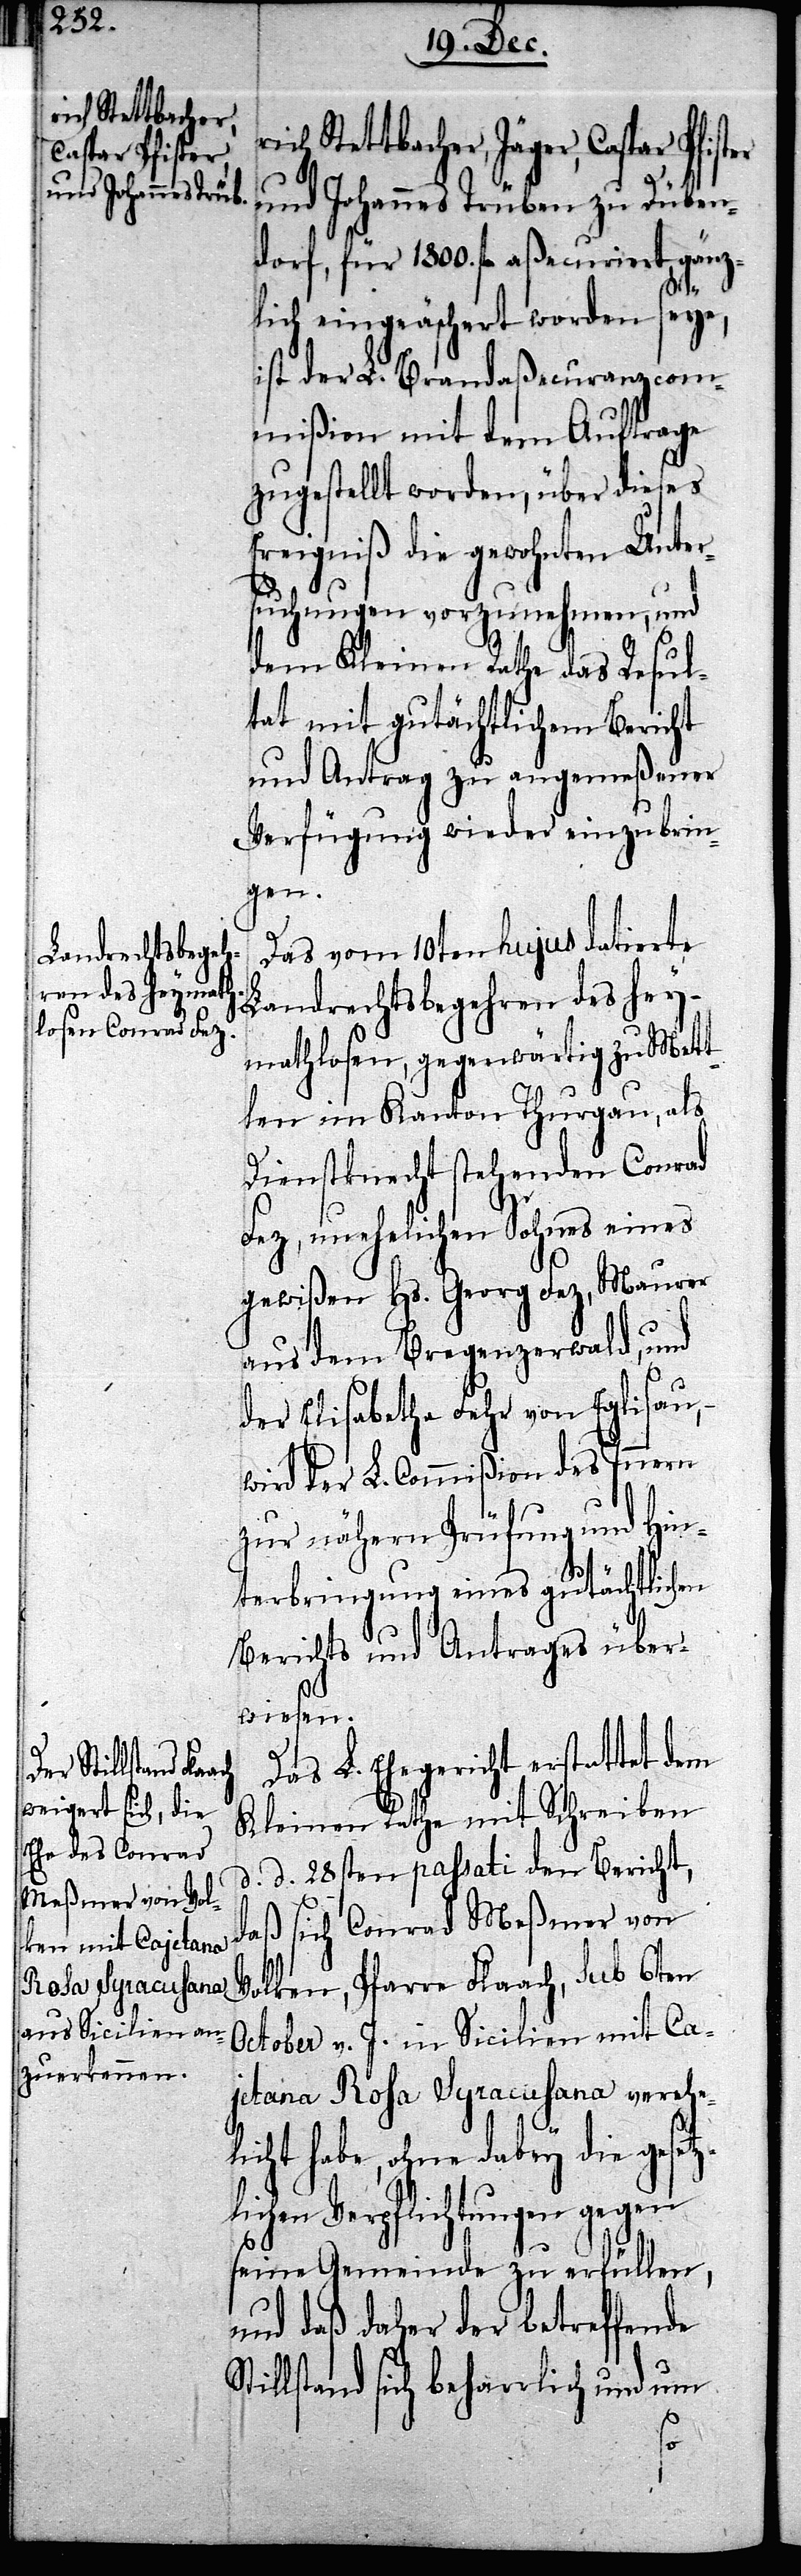
rich Stettbacher,
Caspar Pfister

und Johannes Trüben zu Düben¬
dorf, für 1800. fl. aßecuriert gänz¬
lich eingeäschert worden seye,
ist der L. Brandaßecuranzcom¬
mißion mit dem Auftrage
zugestellt worden, über dieses
Ereigniß die gewohnten Unter¬
suchungen vorzunehmen, und
dem Kleinen Rathe das Resul¬
tat mit gutächtlichem Bericht
und Antrag zu angemeßener
Verfügung wieder einzubrin¬
gen.
Das vom 10ten hujus datierte
Landrechtsbegehren des hey¬
mathlosen, gegenwärtig zu Mett¬
len im Kanton Thurgau, als
Dienstknecht stehenden Conrad
Fez, unehelichen Sohnes eines
gewißen Hs. Georg Fez, Maurer
aus dem Bregenzerwald, und
der Elisabetha Fehr von Eglisau,
wird der L. Commißion des Innern
zur nähern Prüfung und Hin¬
terbringung eines gutächtlichen
Berichts und Antrages über¬
weisen.
Das L. Ehegericht erstattet dem
Kleinen Rathe mit Schreiben
d. d. 28sten passati den Bericht,
daß sich Conrad Meßmer von
Volken, Pfarre Flaach, sub 6ten
October v. J. in Sicilien mit Ca¬
jetana Rosa Syracusana verehe¬
licht habe, ohne dabey die gesetz¬
ichen Verpflichtungen gegen
seine Gemeinde zu erfüllen,
und daß daher der betreffende
tillstand sich beharrlich und um
S¬